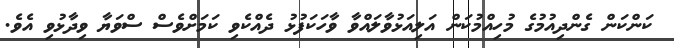
ކަންކަން ގެންދިއުމުގެ މުހިއްމުކަން އަލިއަޅުވާލައްވާ ވާހަކަފުޅު ދެއްކެވި ކަމަށްވެސް ސްވަޔާ ވިދާޅުވި އެވެ.